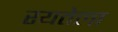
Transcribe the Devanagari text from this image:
रयतेला